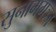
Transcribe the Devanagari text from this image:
सुनामगञ्ज